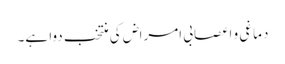
دماغی و اعصابی امراض کی منتخب دوا ہے۔